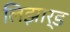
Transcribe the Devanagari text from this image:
लिझार्ड